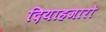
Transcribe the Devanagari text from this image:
दियाहजारो